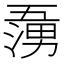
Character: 𭱷